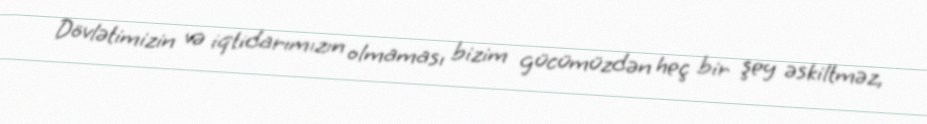
Dövlətimizin və iqtidarımızın olmaması bizim gücümüzdən heç bir şey əskiltməz,